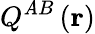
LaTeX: Q^{\mathit{A}B}\left(\mathbf{{r}}\right)